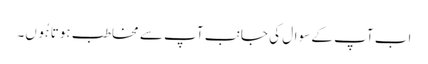
اب آپ کے سوال کی جانب آپ سے مخاطب ہوتا ہُوں۔